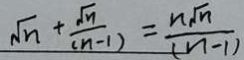
\sqrt { n } + \frac { \sqrt { m } } { ( n - 1 ) } = \frac { n \sqrt { n } } { ( n - 1 ) }